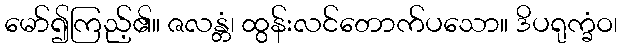
မော်၍ကြည့်၏။ ဇလန္တံ၊ ထွန်းလင်တောက်ပသော။ ဒိပရုက္ခံဝ၊